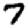
Digit: 7